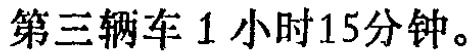
第三辆车 1 小时 15 分钟。